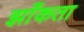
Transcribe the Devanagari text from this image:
झाँकता